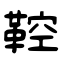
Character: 鞚